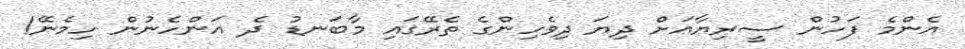
އެންމެ ފަހުން ސީރިޔާއަށް ދިޔަ ދިވެހިންގެ ތެރޭގައި މާބަނޑު ދެ އަންހެނުން ހިމެނޭ!